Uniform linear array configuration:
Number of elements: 16
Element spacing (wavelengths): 0.5
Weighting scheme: hann
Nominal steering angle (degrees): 45
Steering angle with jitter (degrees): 44.328
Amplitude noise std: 0.05
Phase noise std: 0.05

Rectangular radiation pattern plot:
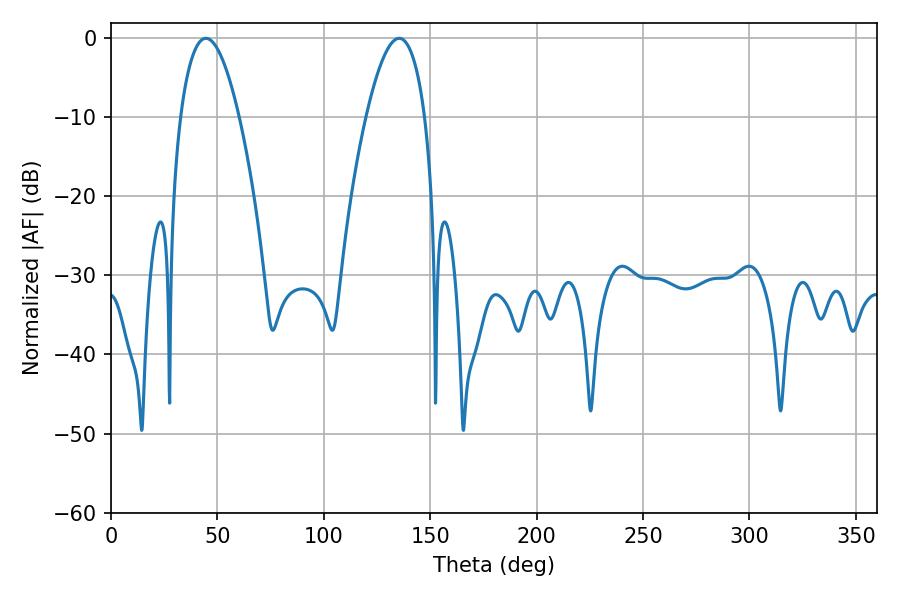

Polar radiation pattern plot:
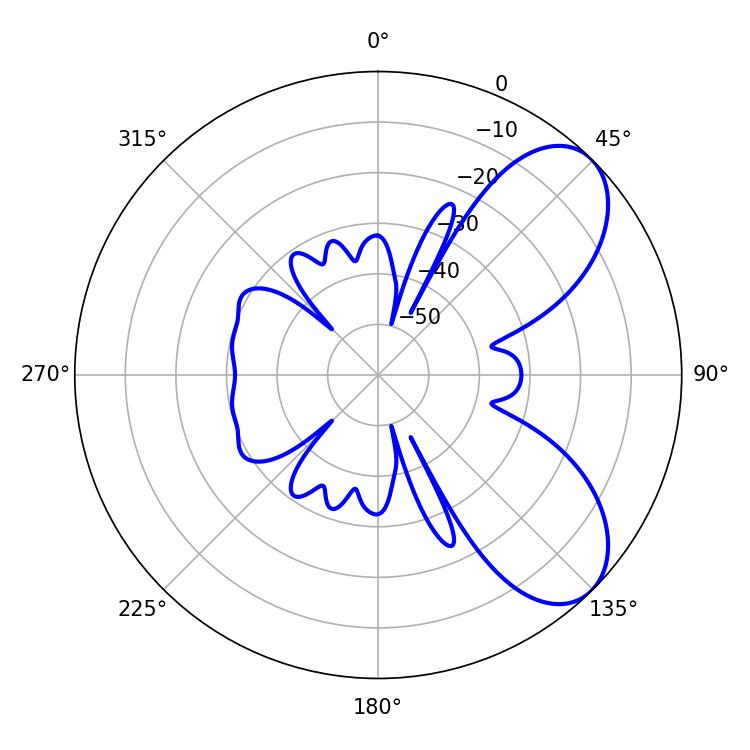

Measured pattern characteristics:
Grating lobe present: FALSE
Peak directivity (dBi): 6.959
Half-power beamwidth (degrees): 15.12
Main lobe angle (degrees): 44.64